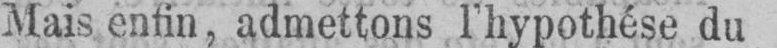
Mais enfin, admettons l’hypothèse du